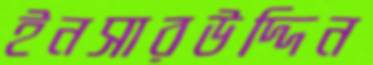
ইনসারউদ্দিন